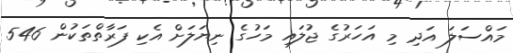
މައްސަލަ އަދި މި އަހަރުގެ ޖުލައި މަހުގެ ނިޔަލަށް އެކި ފަރާތްތަކުން 546